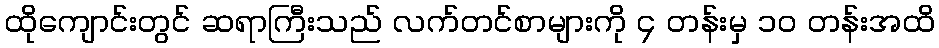
ထိုကျောင်းတွင် ဆရာကြီးသည် လက်တင်စာများကို ၄ တန်းမှ ၁၀ တန်းအထိ